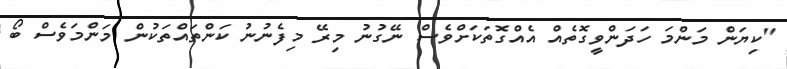
"ކިޔަން މަންމަ ހަދަންވީގޮތެއް އެއްގޮތަކަށްވެސް ނޭގުނު މިރޭ މިފެނުނު ކަންތައްތަކުން މަންމަވެސް ބޯ